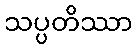
သပ္ပတိဿာ